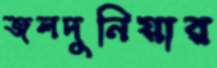
জলদুনিয়ার